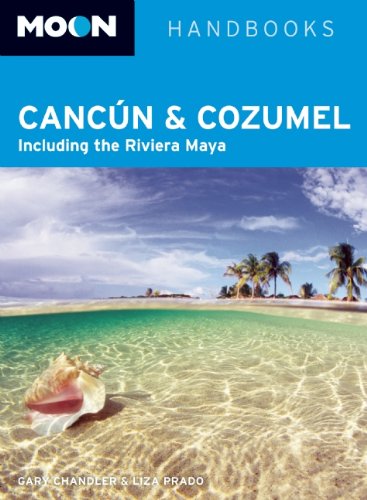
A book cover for Moon Cancun and Cozumel: Including the Riviera Maya (Moon Handbooks); Liza Prado; Travel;